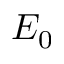
E _ { 0 }